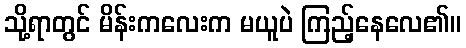
သို့ရာတွင် မိန်းကလေးက မယူပဲ ကြည့်နေလေ၏။